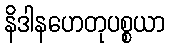
နိဒါနဟေတုပစ္စယာ